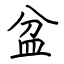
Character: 盆